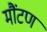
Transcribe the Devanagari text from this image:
मौंटण